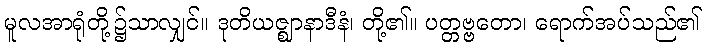
မူလအာရုံတို့၌သာလျှင်။ ဒုတိယဇ္ဈာနာဒီနံ၊ တို့၏။ ပတ္တဗ္ဗတော၊ ရောက်အပ်သည်၏